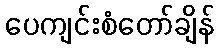
ပေကျင်းစံတော်ချိန်